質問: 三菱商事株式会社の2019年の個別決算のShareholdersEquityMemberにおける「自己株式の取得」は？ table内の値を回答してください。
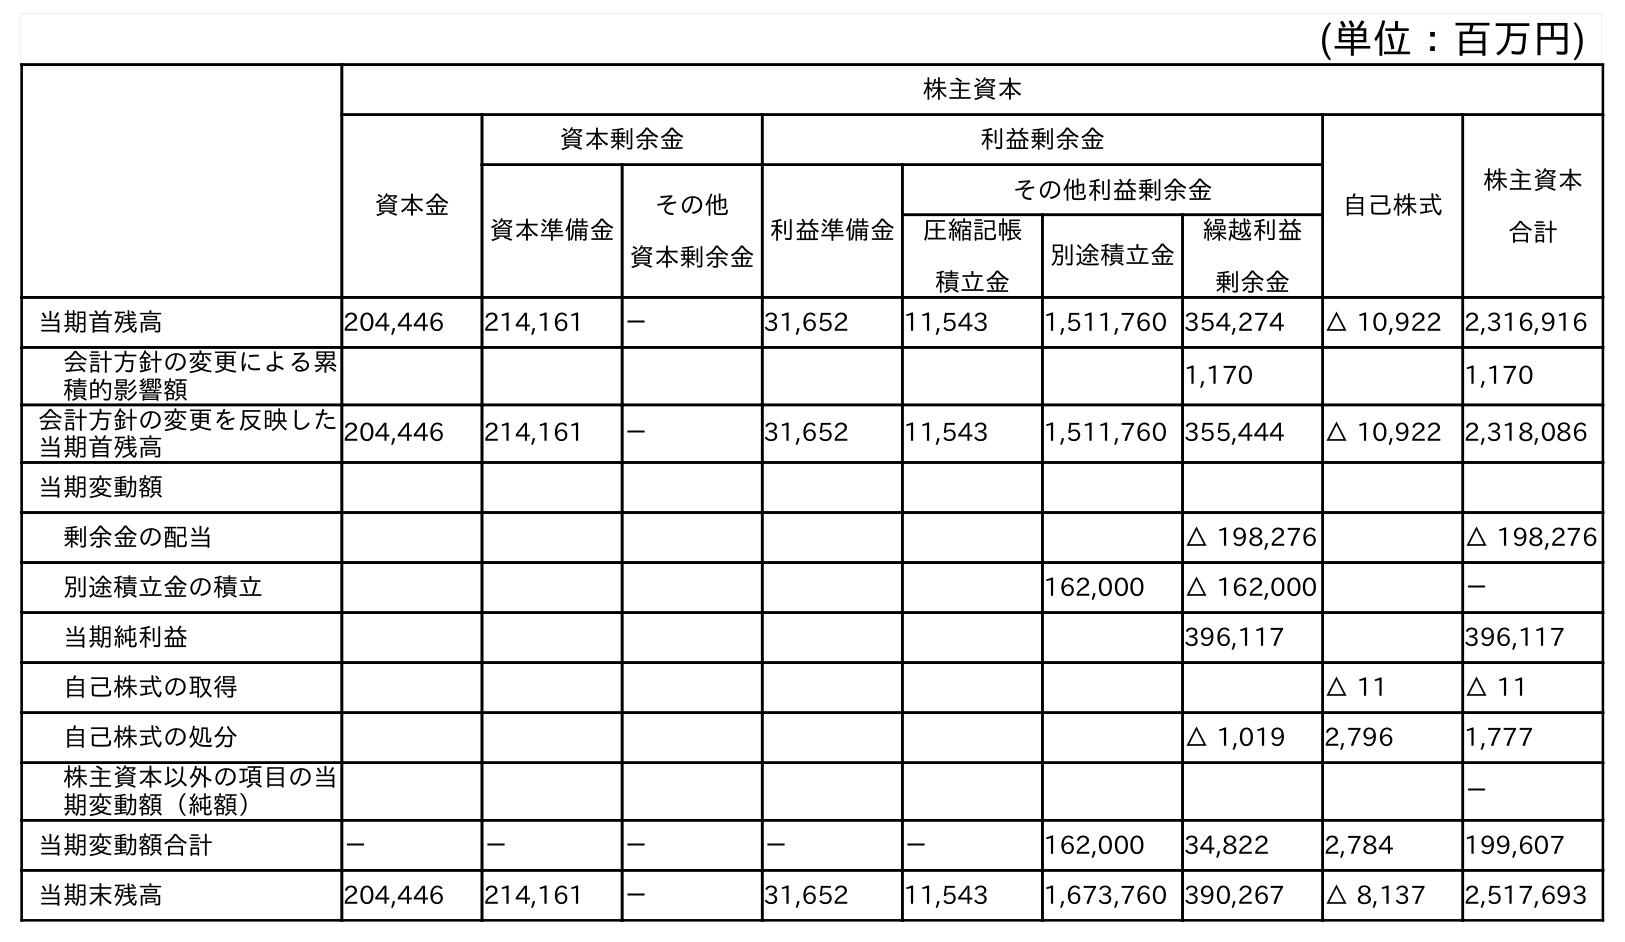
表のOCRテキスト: (単位：百万円) 株主資本 資本金 資本剰余金 利益剰余金 自己株式 株主資本 合計 資本準備金 その他 資本剰余金 利益準備金 その他利益剰余金 圧縮記帳 積立金 別途積立金 繰越利益 剰余金 当期首残高 204,446 214,161 － 31,652 11,543 1,511,760 354,274 △ 10,922 2,316,916 会計方針の変更による累 積的影響額 1,170 1,170 会計方針の変更を反映した 当期首残高 204,446 214,161 － 31,652 11,543 1,511,760 355,444 △ 10,922 2,318,086 当期変動額 剰余金の配当 △ 198,276 △ 198,276 別途積立金の積立 162,000 △ 162,000 － 当期純利益 396,117 396,117 自己株式の取得 △ 11 △ 11 自己株式の処分 △ 1,019 2,796 1,777 株主資本以外の項目の当 期変動額（純額） － 当期変動額合計 － － － － － 162,000 34,822 2,784 199,607 当期末残高 204,446 214,161 － 31,652 11,543 1,673,760 390,267 △ 8,137 2,517,693
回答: △11